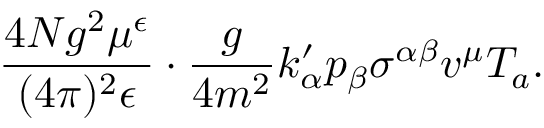
{ \frac { 4 N g ^ { 2 } \mu ^ { \epsilon } } { ( 4 \pi ) ^ { 2 } \epsilon } } \cdot { \frac { g } { 4 m ^ { 2 } } } k _ { \alpha } ^ { \prime } p _ { \beta } \sigma ^ { \alpha \beta } v ^ { \mu } T _ { a } .